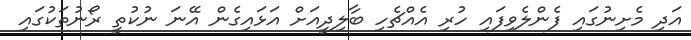
އަދި މެށިނުގައި ފެންލެވިފައި ހުރި އެއްޗެހި ބާލިދީއަށް އަޅައިގެން އޭނަ ނުކުތީ ރޯނުތަކުގައި